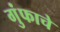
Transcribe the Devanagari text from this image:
गुंफाचे